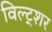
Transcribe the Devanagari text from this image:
विल्ट्शर